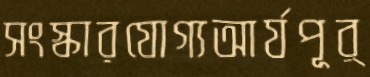
সংস্কারযোগ্যআর্যপূর্